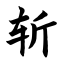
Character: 斩